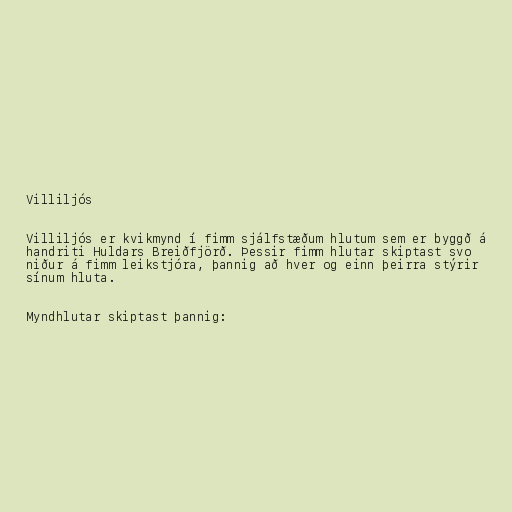
Villiljós

Villiljós er kvikmynd í fimm sjálfstæðum hlutum sem er byggð á
handriti Huldars Breiðfjörð. Þessir fimm hlutar skiptast svo
niður á fimm leikstjóra, þannig að hver og einn þeirra stýrir
sínum hluta.

Myndhlutar skiptast þannig: